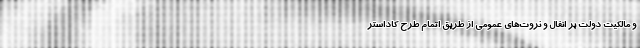
و مالکیت دولت بر انفال و ثروت‌های عمومی از طریق اتمام طرح کاداستر